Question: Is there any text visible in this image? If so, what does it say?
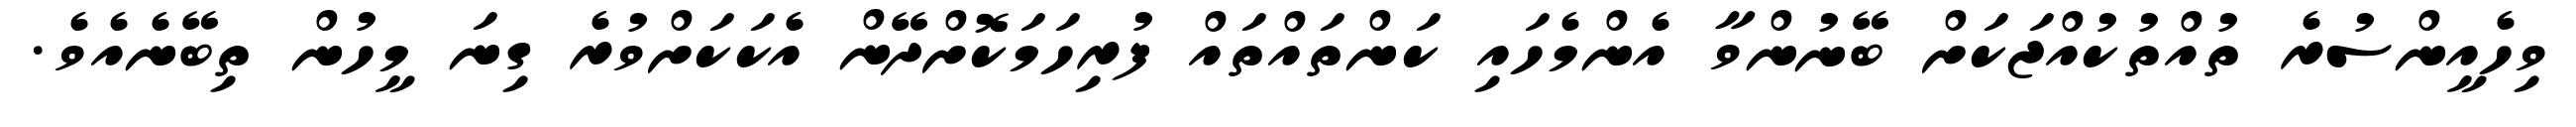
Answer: ވިހެއީންސުރެ ތުއްތުކުއްޖަކަށް ބޭނުންވާ އެންމެހައި ކަންތައްތައް ފުރިހަމަކޮށްދޭން އެކަކަށްވުރެ ގިނަ މީހުން ތިބޭނެއެވެ.